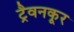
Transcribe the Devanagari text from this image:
ट्रैवनकूर